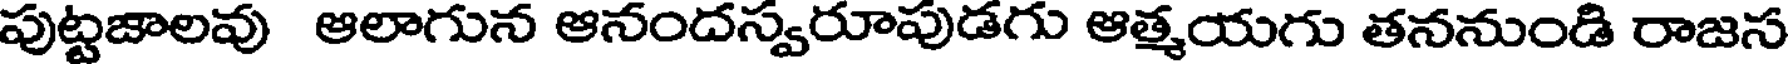
పుట్టజాలవు ఆలాగున ఆనందస్వరూపుడగు ఆత్మయగు తననుండి రాజస